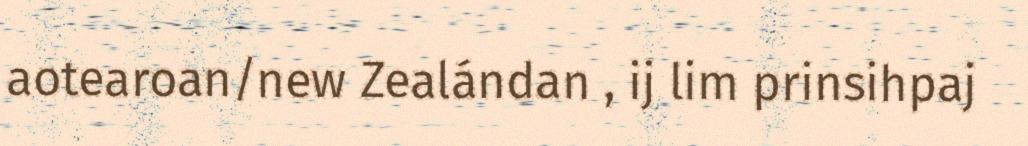
aotearoan/new Zealándan , ij lim prinsihpaj